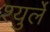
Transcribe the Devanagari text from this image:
श्युर्ले